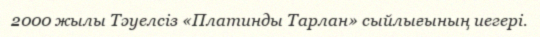
2000 жылы Тәуелсіз «Платинды Тарлан» сыйлығының иегері.